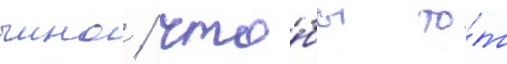
чино / что́бы то́т